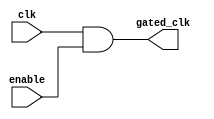
module ClockGatingCell (
    input wire clk,         // Global clock signal
    input wire enable,      // Gating control signal
    output wire gated_clk   // Gated clock output
);
    assign gated_clk = clk & enable; // AND gate to control the gated clock
endmodule